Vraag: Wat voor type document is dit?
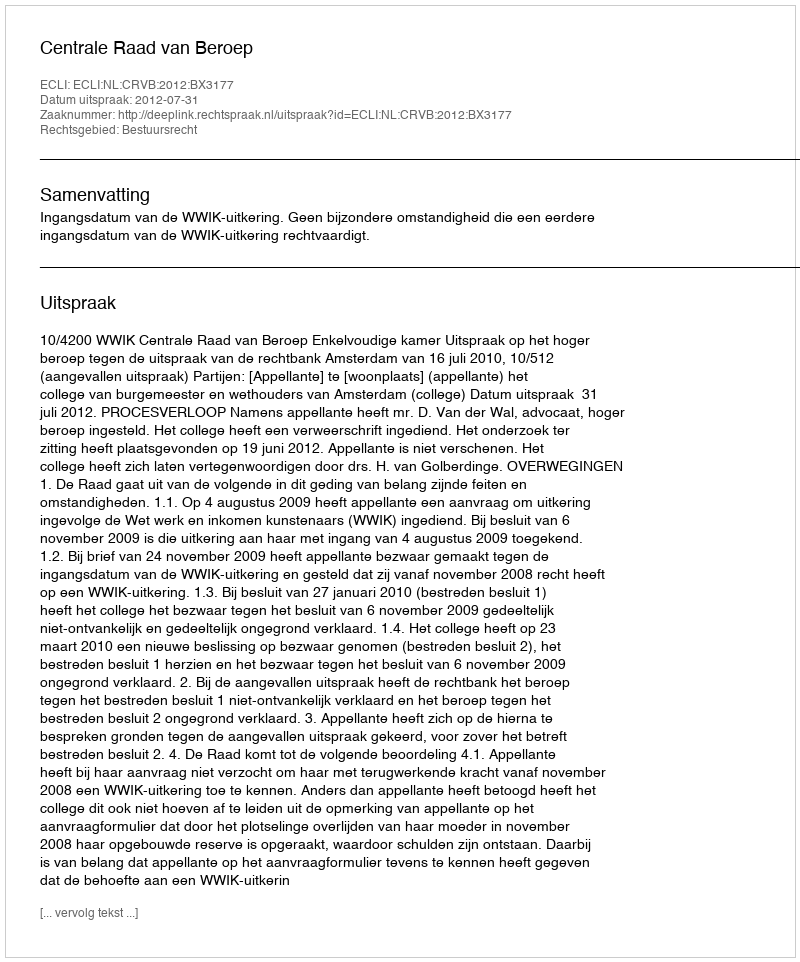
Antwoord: Uitspraak